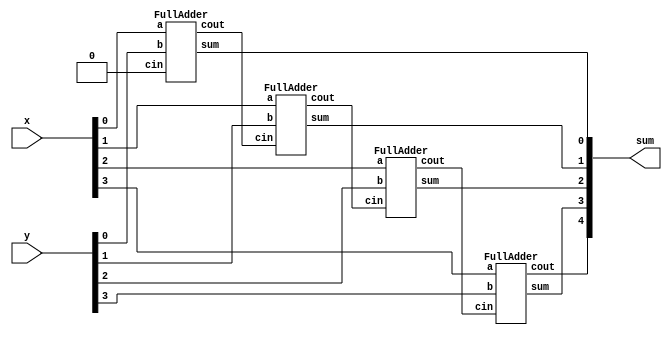
module top_module (
    input [3:0] x,
    input [3:0] y, 
    output [4:0] sum
);
    wire [2:0] cout;
    FullAdder adder1(.a(x[0]), .b(y[0]), .cin(1'b0), .cout(cout[0]), .sum(sum[0]));
    FullAdder adder2(.a(x[1]), .b(y[1]), .cin(cout[0]), .cout(cout[1]), .sum(sum[1]));
    FullAdder adder3(.a(x[2]), .b(y[2]), .cin(cout[1]), .cout(cout[2]), .sum(sum[2]));
    FullAdder adder4(.a(x[3]), .b(y[3]), .cin(cout[2]), .cout(sum[4]), .sum(sum[3]));

endmodule

module FullAdder( 
    input a, b, cin,
    output cout, sum 
);

    assign {cout, sum} = a + b + cin;
endmodule